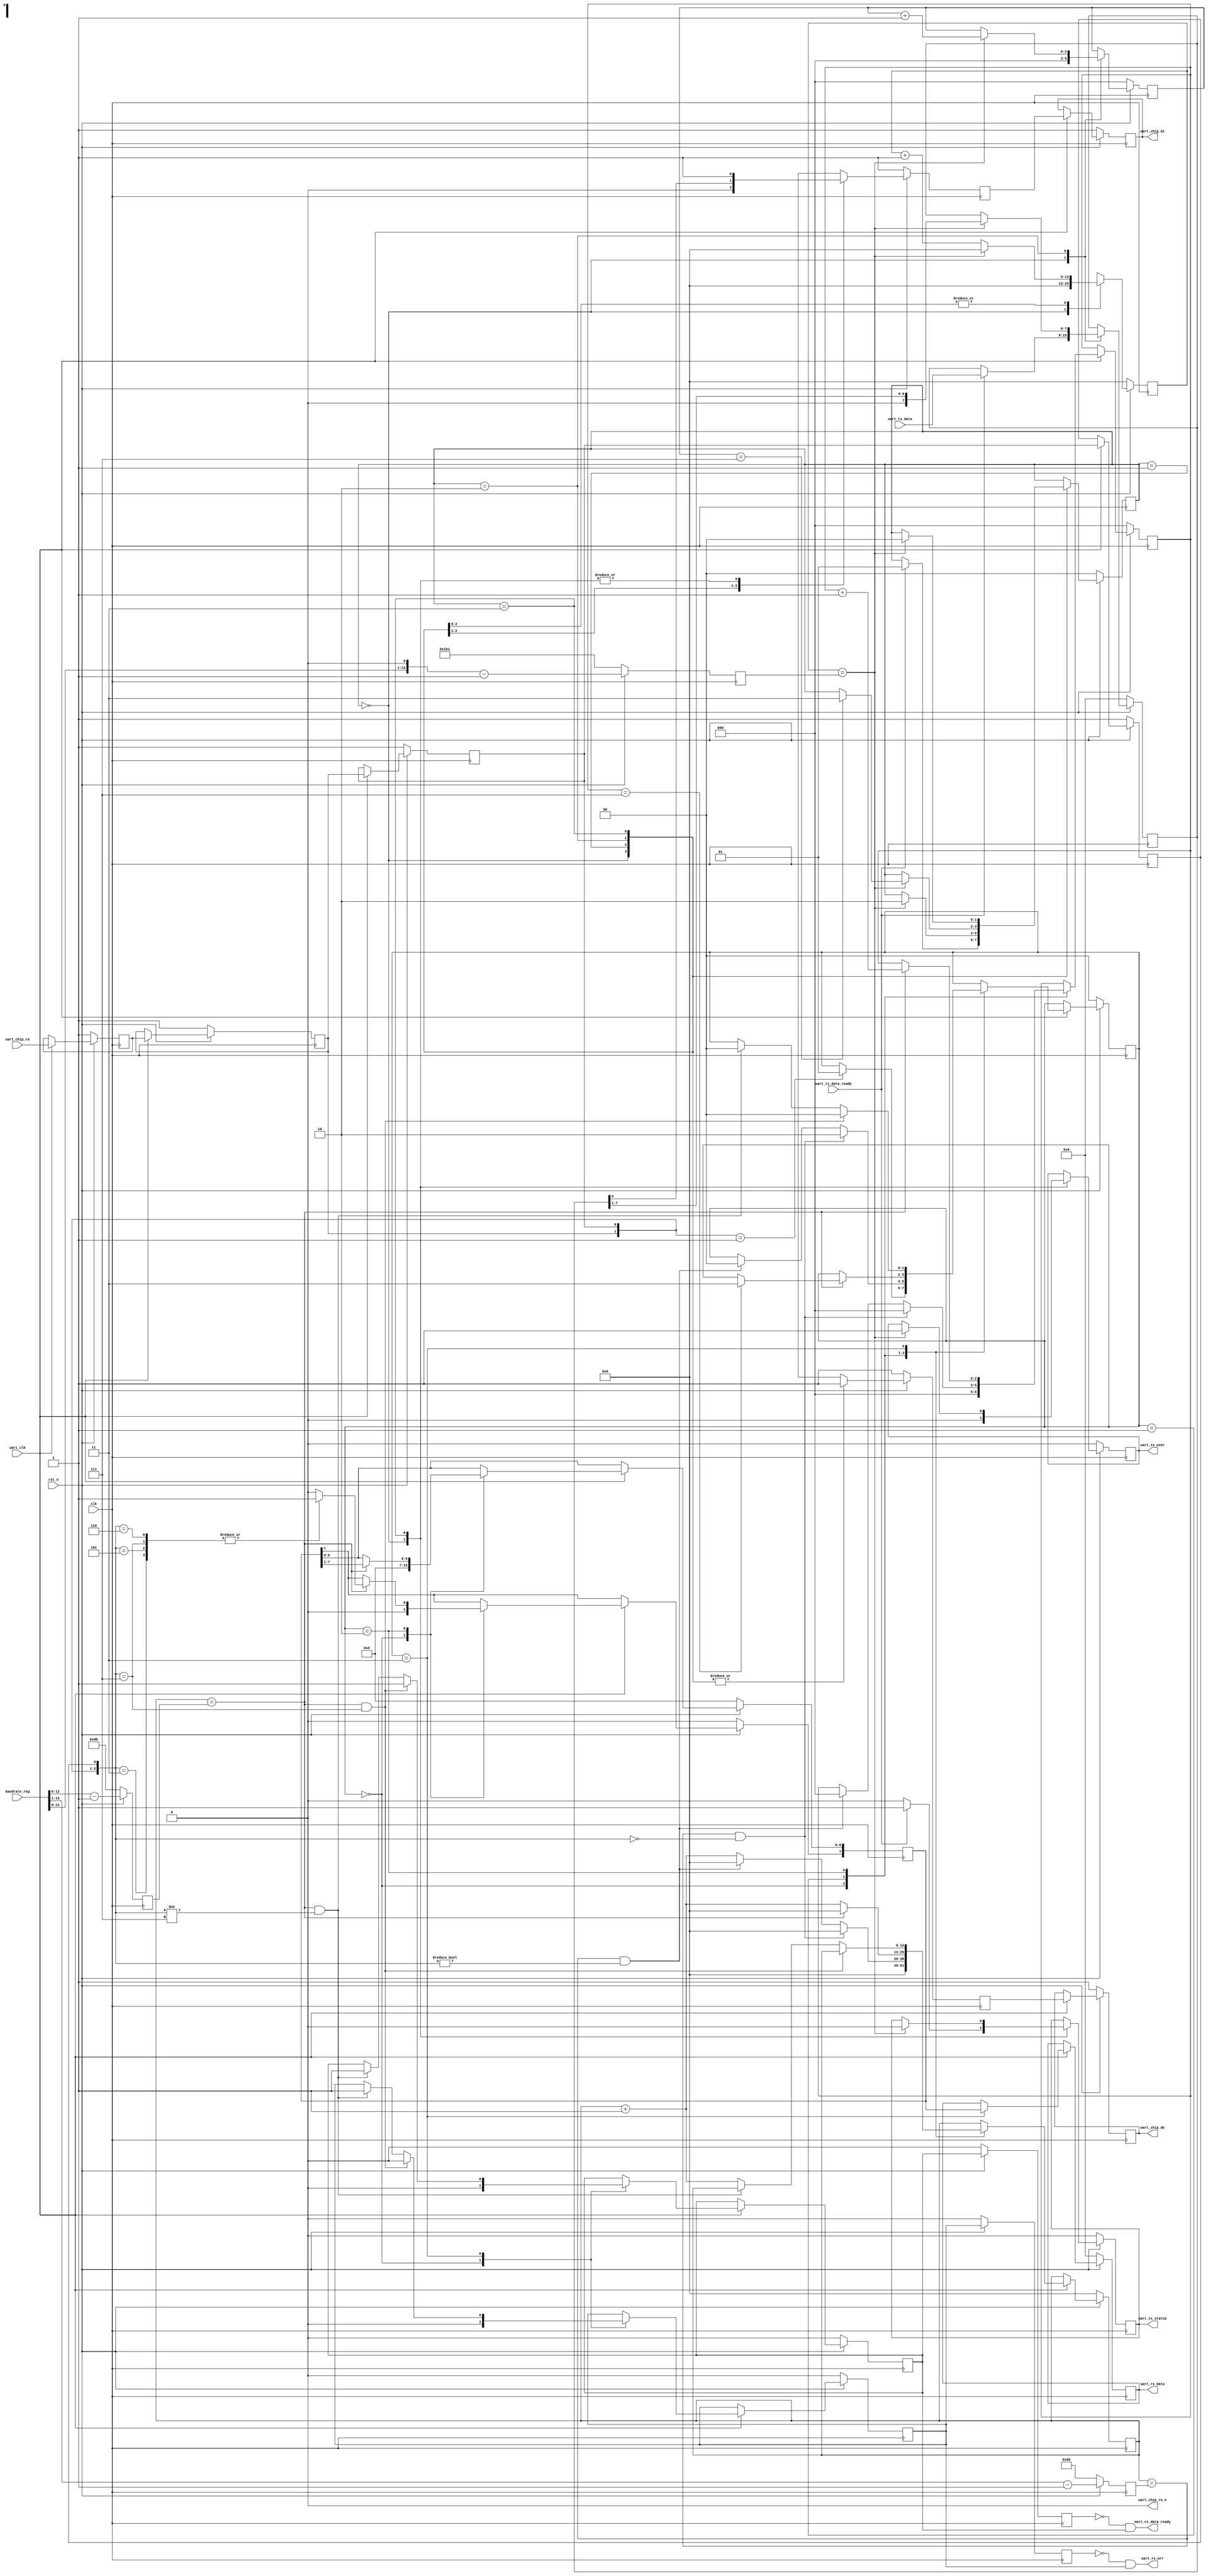
/***************************************************************************************************************
--Module Name:  uart_transceiver
--Author     :  Jin
--Description:  uart transceiver,transmit and receive serial data from external RS232/RS422 transceiver chip
                default MSB first ,define LSB_FIRST if you want to transmit data LSB first
                1 start bit,8 bits data,no parity,1 stop bit
--History    :  2016-04-03  Created by Jin.                          
***************************************************************************************************************/
`timescale 1ns/100ps
`define LSB_FIRST
`define D 0.5
 

module uart_transceiver(
    output reg  [7:0]  uart_rx_data,  
	output wire        uart_rx_data_ready, //high level pulse active,one clk cycle
    output wire        uart_rx_err,	      //high level pulse active,one clk cycle
	                
	output reg         uart_tx_status,      //high level means tx is in progress
	output reg         uart_tx_over,        //high level pulse active,one clk cycle
	input  wire [7:0]  uart_tx_data,  
	input  wire        uart_tx_data_ready,   
	                
	output reg         uart_chip_de,      //uart transceiver chip transmit enable
	output wire        uart_chip_re_n,    //uart transceiver chip receive enable
	output reg         uart_chip_di,      //uart transceiver chip transmit input
	input  wire        uart_chip_ro,      //uart transceiver chip receive output
	
	input  wire [15:0] baudrate_reg,
	                
	input  wire        clk,  
    input  wire        uart_clk,          //uart sampling clock	,baudrate is calcurated according this clock
	input  wire        rst_n          
	);
/*------------------------------------------------------------------*/
reg           uart_rx;
reg           uart_rx_d1;
reg           uart_rx_d2;
reg           uart_rx_d3;

reg           uart_tx;  
reg           uart_tx_en;
reg  [1:0]    uart_tx_state;
reg  [12:0]   uart_tx_sample_timer;
reg  [2:0]    uart_tx_bit_counter;
reg  [7:0]    uart_tx_data_reg;

reg  [1:0]    uart_rx_state;
reg  [12:0]   uart_rx_sample_timer;
reg  [2:0]    uart_rx_bit_counter;
reg  [7:0]    uart_rx_data_reg;

/*------------------------------------------------------------------*/
   //baudrate= (UART_BAUDRATE+1)*uart_clk
//`ifdef SIM
//
//parameter     UART_BAUDRATE = 217 - 1;//50MHz clk,25MHz uart clk,115.2k baudrate
//parameter     UART_BAUDRATE_HALF = 108 - 1;
//parameter     TX_UART_BAUDRATE = 434 - 1;//50MHz clk,115.2k baudrate
//              //tx baudrate= (TX_UART_BAUDRATE+1)*clk
//
//`else
//parameter     UART_BAUDRATE = 217 - 1;  
//parameter     UART_BAUDRATE_HALF = 108 - 1;
//parameter     TX_UART_BAUDRATE = 434 - 1;//50MHz clk,115.2k baudrate
//              //tx baudrate= (TX_UART_BAUDRATE+1)*clk
//`endif


    reg [12:0]  UART_BAUDRATE     ;  
    reg [12:0]  UART_BAUDRATE_HALF; 
    reg [12:0]  TX_UART_BAUDRATE  ;
    always@(posedge clk) begin
    	if(!rst_n) begin
    		UART_BAUDRATE       <= 13'd216;//50MHz clk,25MHz uart clk,115.2k baudrate    
    		UART_BAUDRATE_HALF  <= 13'd107;                                         
    		TX_UART_BAUDRATE    <= 13'd433;//50MHz clk,115.2k baudrate                  
    	end 
    	else begin  
    	    UART_BAUDRATE       <= baudrate_reg - 1'b1 ;// 
    	    UART_BAUDRATE_HALF  <= baudrate_reg[15:1] - 1'b1;                                         
    	    TX_UART_BAUDRATE    <= {baudrate_reg,1'b0} - 1'b1;    
    	end
    end

 

parameter     IDLE = 0, START = 1, DATA = 2, STOP = 3;
/*------------------------------------------------------------------*/
assign        uart_chip_re_n = 0;

/*------------------------------------------------------------------*/

always@(posedge clk)
	if(!rst_n) begin
		uart_chip_di <= 1'd1;
		uart_chip_de <= 1'd1; 
		uart_rx      <= 1'd1;
		uart_rx_d1   <= 1'd1;
		uart_rx_d2   <= 1'd1;
		uart_rx_d3   <= 1'd1;
	end else if(uart_clk)begin  //buffer the rx from transceiver output
		uart_chip_di <= uart_tx;
		uart_chip_de <= uart_tx_en; 
		uart_rx      <= uart_chip_ro;
		uart_rx_d1   <= uart_rx;
		uart_rx_d2   <= uart_rx_d1;
		uart_rx_d3   <= uart_rx_d2;
	end

/*------------------------uart transmit-----------------------------*/
always@(posedge clk)
	if(!rst_n) begin
			uart_tx              <= 1'd1; 
			uart_tx_en           <= 1'd1; 
			uart_tx_status       <= 1'd0;
			uart_tx_state        <= #`D IDLE;
			uart_tx_sample_timer <= 13'd0;
			uart_tx_bit_counter  <= 3'd0;
			uart_tx_data_reg     <= 8'd0;
			uart_tx_over         <= 1'd0;
	end else begin
		case(uart_tx_state)
			IDLE:
				begin
					uart_tx              <= 1'd1; 
					uart_tx_en           <= 1'd1; 
					uart_tx_status       <= 1'd0;
					uart_tx_sample_timer <= 13'd0; 
					uart_tx_bit_counter  <= 3'd0;
					uart_tx_over         <= 1'd0;
					if(uart_tx_data_ready) begin 
						uart_tx_state    <= #`D START;
						uart_tx_data_reg <= uart_tx_data;
						uart_tx_status   <= 1'd1;
					end
				end
			START:
				begin
					uart_tx    <= 1'd0;
					uart_tx_en <= 1'd1; 
					if(uart_tx_sample_timer == TX_UART_BAUDRATE) begin 
						uart_tx_sample_timer <= 13'd0;
						uart_tx_state        <= #`D DATA; 
					end 
					else begin 
						uart_tx_sample_timer <= uart_tx_sample_timer + 13'd1; 
					end
				end
			DATA:
				begin
				   `ifdef LSB_FIRST
					    uart_tx <= uart_tx_data_reg[0];
				   `else
						 uart_tx <= uart_tx_data_reg[7];
					`endif
					uart_tx_en <= #`D 1; 
					if(uart_tx_sample_timer == TX_UART_BAUDRATE) begin 
						uart_tx_sample_timer <= 13'd0;
						uart_tx_bit_counter  <= uart_tx_bit_counter + 3'd1;
						`ifdef LSB_FIRST
						   uart_tx_data_reg <= {1'b0,uart_tx_data_reg[7:1]};
						`else
				         uart_tx_data_reg <= {uart_tx_data_reg[6:0],1'b0};
						`endif
						if(uart_tx_bit_counter == 7) begin 
							uart_tx_state <= #`D STOP; 
						end 
					end else begin 
						uart_tx_sample_timer <= uart_tx_sample_timer + 13'd1; 
					end
				end
			STOP:
				begin
					uart_tx    <= #`D 1;
					uart_tx_en <= #`D 1; 
					/*
					if(uart_tx_sample_timer == 0) begin 
						uart_tx_status <= #`D 1; 
					end else begin
						uart_tx_status <= #`D 0; 						
					end
               */					
					if(uart_tx_sample_timer == TX_UART_BAUDRATE) begin 
						uart_tx_sample_timer <= 13'd0; 
						uart_tx_state        <= #`D IDLE;
						uart_tx_over         <= #`D 1;
						uart_tx_status       <= #`D 0; 
					end else begin 
						uart_tx_sample_timer <= uart_tx_sample_timer + 13'd1; 
					end
				end
			default:
				begin
					uart_tx_state <= #`D IDLE;
				end
		endcase
	end	

	
/*---------------------------------------------------------------*/
reg  		uart_rx_data_ready_d1;	
reg		uart_rx_err_d1 ; 
reg  		uart_rx_data_ready_d2;	
reg		uart_rx_err_d2 ;

always@(posedge clk)//make sure uart_rx_data_ready and uart_rx_err
   if(!rst_n)begin  //are one clk cycle pulse rather than one uart_clk cycle pulse
		uart_rx_data_ready_d2<= #`D 0;	
		uart_rx_err_d2       <= #`D 0; 
   end else begin
		uart_rx_data_ready_d2<= uart_rx_data_ready_d1;	
		uart_rx_err_d2       <= uart_rx_err_d1; 
 end
assign 	uart_rx_data_ready=(~uart_rx_data_ready_d2)&uart_rx_data_ready_d1;
assign 	uart_rx_err       =(~uart_rx_err_d2)&uart_rx_err_d1;	
/*----------------------uart receive------------------------------*/
always@(posedge clk)
	if(!rst_n) begin
		uart_rx_data_ready_d1<= #`D 0;	
		uart_rx_err_d1       <= #`D 0; 
		uart_rx_state        <= #`D IDLE;
		uart_rx_sample_timer <= 13'd0;
		uart_rx_bit_counter  <= 3'd0;
		uart_rx_data_reg     <= 8'd0;
		uart_rx_data         <= 8'd0;
	end else if(uart_clk)begin
		case(uart_rx_state)
			IDLE:
				begin
					uart_rx_data_ready_d1 <= #`D 0;
					uart_rx_err_d1       <= #`D 0;
					uart_rx_sample_timer <= 13'd0;
					uart_rx_bit_counter  <= 3'd0;
					uart_rx_data_reg     <= 8'd0;
					//uart_rx_data         <= #`D 0;
					if({uart_rx_d1, uart_rx_d2} == 2'b01) begin
						uart_rx_state        <= #`D START;				
						
					end
				end
			START:
				begin// sample rx at middle of bit,3 consecutive low level as a success start bit
					if(uart_rx_sample_timer == UART_BAUDRATE_HALF && {uart_rx_d1, uart_rx_d2, uart_rx_d3} == 3'b000) begin
						uart_rx_state        <= #`D DATA;
						uart_rx_sample_timer <= 13'd0;
						uart_rx_bit_counter  <= 3'd0;
					end else if(uart_rx_sample_timer == UART_BAUDRATE_HALF && {uart_rx_d1, uart_rx_d2, uart_rx_d3} != 3'b000) begin
						uart_rx_state        <= #`D IDLE;
						uart_rx_sample_timer <= 13'd0;
						uart_rx_bit_counter  <= 3'd0;
					end else begin
						uart_rx_sample_timer <= uart_rx_sample_timer + 13'd1;
					end
				end
			DATA:
				begin
					if(uart_rx_sample_timer == UART_BAUDRATE) begin
					// sample rx at middle of bit,2 high level out of 3 sample as bit 1
						case({uart_rx_d1, uart_rx_d2, uart_rx_d3})
						`ifdef LSB_FIRST
							3'b111: uart_rx_data_reg[7]  <= #`D 1;
							3'b011: uart_rx_data_reg[7]  <= #`D 1;
							3'b101: uart_rx_data_reg[7]  <= #`D 1;
							3'b110: uart_rx_data_reg[7]  <= #`D 1;
							default: uart_rx_data_reg[7] <= #`D 0;
					   `else
							3'b111: uart_rx_data_reg[0] <= #`D 1;
					    	3'b011: uart_rx_data_reg[0] <= #`D 1;
					   	3'b101: uart_rx_data_reg[0] <= #`D 1;
					   	3'b110: uart_rx_data_reg[0] <= #`D 1;
					   	default: uart_rx_data_reg[0] <= #`D 0;	
                  `endif						
						endcase
						`ifdef LSB_FIRST
						   uart_rx_data_reg[6:0] <= uart_rx_data_reg[7:1];
						`else
						   uart_rx_data_reg[7:1] <= uart_rx_data_reg[6:0];
	               `endif						
						uart_rx_sample_timer  <= 13'd0;
						uart_rx_bit_counter   <= uart_rx_bit_counter + 3'd1;
						if(uart_rx_bit_counter == 7) begin
							uart_rx_state <= #`D STOP;
						end
					end else begin
						uart_rx_sample_timer <=  uart_rx_sample_timer + 13'd1;
					end
				end
			STOP:
				begin
					uart_rx_data <= #`D uart_rx_data_reg;	
					if(uart_rx_sample_timer == UART_BAUDRATE && {uart_rx_d1, uart_rx_d2, uart_rx_d3}==3'b111) begin  
						uart_rx_state        <= #`D IDLE;
						uart_rx_data_ready_d1<= #`D 1;
						uart_rx_err_d1       <= #`D 0;
					end else if(uart_rx_sample_timer == UART_BAUDRATE && {uart_rx_d1, uart_rx_d2, uart_rx_d3}!=3'b111) begin
						uart_rx_state         <= #`D IDLE;
						uart_rx_data_ready_d1 <= #`D 1;
						uart_rx_err_d1        <= #`D 1;
					end else begin
						uart_rx_sample_timer <= uart_rx_sample_timer + 13'd1;
					end
				end
			default:
				begin
					uart_rx_state <= #`D IDLE;
				end
		endcase
	end
/*------------------------------------------------------------------*/

/*------------------------------------------------------------------*/
endmodule